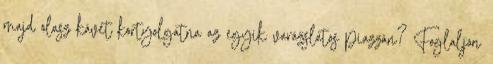
majd olasz kávét kortyolgatna az egyik varázslatos piazzán? Foglaljon